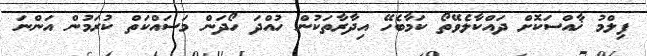
ފިލްމު ޚާއްސަކޮށް ދައްކާލެވޭތޯ ކަމާބެހޭ އިދާރާތަކުން ހުއްދަ ހޯދަން މަސައްކަތް ކުރަމުން އަންނަ